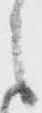
之